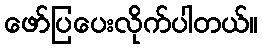
ဖော်ပြပေးလိုက်ပါတယ်။